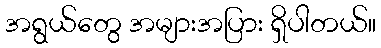
အရွယ်တွေ အများအပြား ရှိပါတယ်။